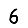
Digit: 6